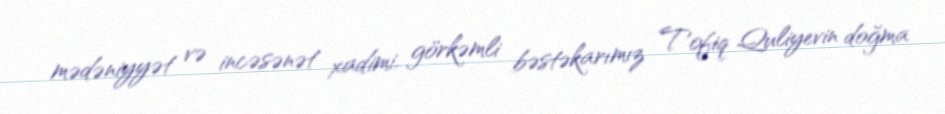
mədəniyyət və incəsənət xadimi, görkəmli bəstəkarımız Tofiq Quliyevin doğma